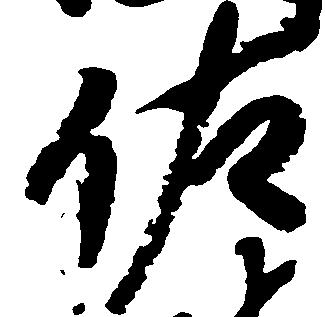
佐